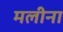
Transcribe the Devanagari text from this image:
मलीना